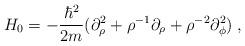
LaTeX: \begin{align*}H_0 = -\frac{\hbar^2}{2m} (\partial^2_\rho + \rho^{-1} \partial_\rho +\rho^{-2} \partial^2_\phi) \;,\end{align*}